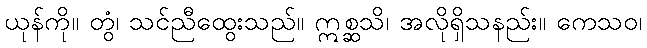
ယုန်ကို။ တွံ၊ သင်ညီထွေးသည်။ ဣစ္ဆသိ၊ အလိုရှိသနည်း။ ကေသဝ၊